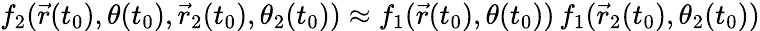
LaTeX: f_{2}(\vec{r}(t_{0}),\theta(t_{0}),\vec{r}_{2}(t_{0}),\theta_{2}(t_{0}))\approx f_{1}(\vec{r}(t_{0}),\theta(t_{0}))\, f_{1}(\vec{r}_{2}(t_{0}),\theta_{2}(t_{0}))